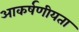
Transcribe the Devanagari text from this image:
आकर्षणीयता